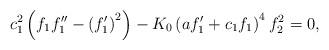
LaTeX: \begin{align*}c_{1}^{2}\left( f_{1}f_{1}^{\prime \prime }-\left( f_{1}^{\prime }\right)^{2}\right) -K_{0}\left( af_{1}^{\prime }+c_{1}f_{1}\right) ^{4}f_{2}^{2}=0,\end{align*}